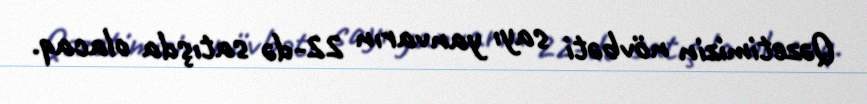
Qəzetimizin növbəti sayı yanvarın 22-də satışda olacaq.